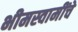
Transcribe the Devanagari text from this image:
भीमस्वामींचे